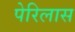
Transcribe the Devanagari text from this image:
पेरिलास